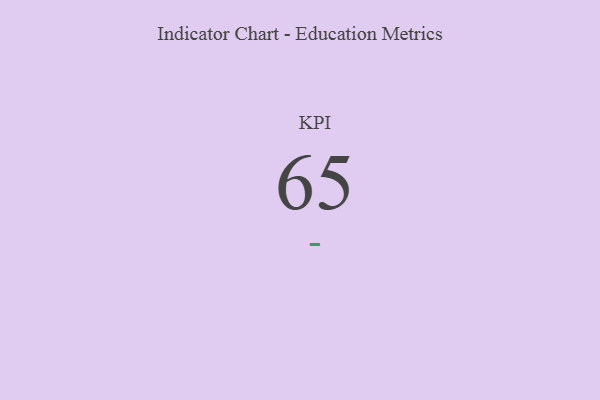
{"axis": {"x": "KPI", "y": "Value"}, "legend": [""], "data": [{"x": "KPI", "y": 65, "type": ""}]}